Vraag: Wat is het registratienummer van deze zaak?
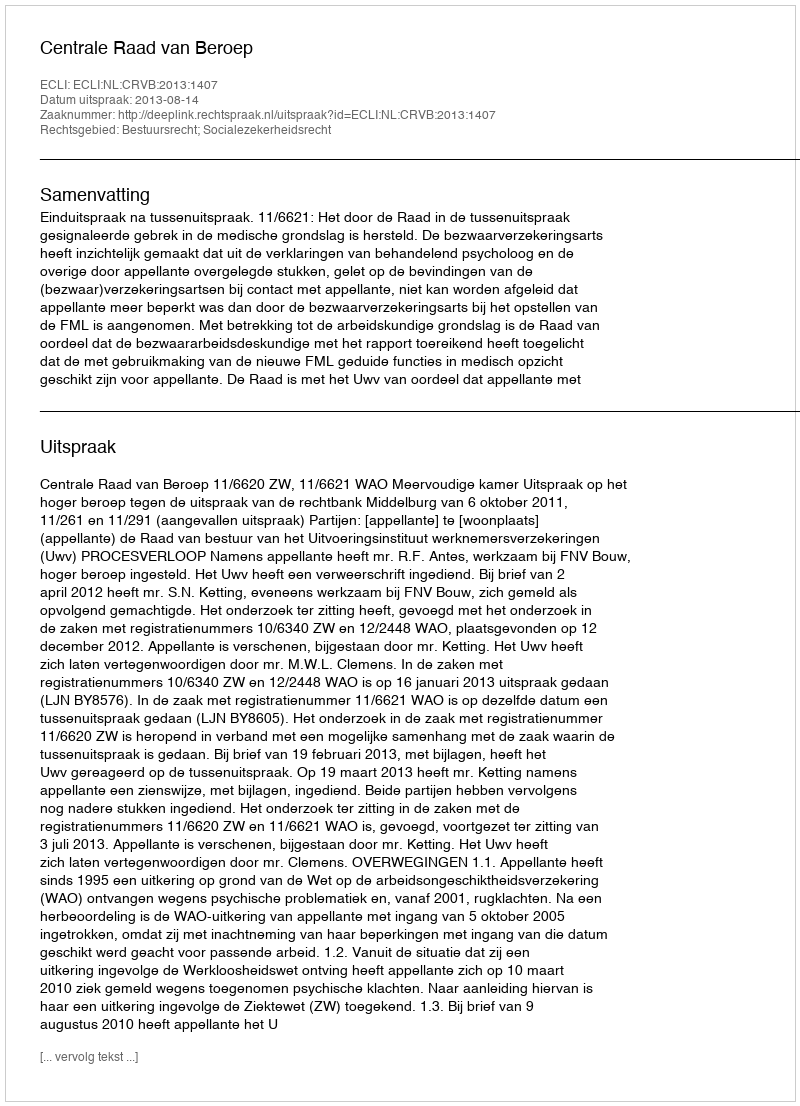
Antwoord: http://deeplink.rechtspraak.nl/uitspraak?id=ECLI:NL:CRVB:2013:1407